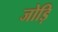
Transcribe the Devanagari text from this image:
जोड़ि